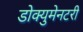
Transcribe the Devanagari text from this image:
डोक्युमेनटरी